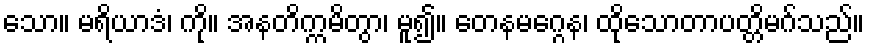
သော။ မရိယာဒံ၊ ကို။ အနတိက္ကမိတွာ၊ မူ၍။ တေနမဂ္ဂေန၊ ထိုသောတာပတ္တိမဂ်သည်။